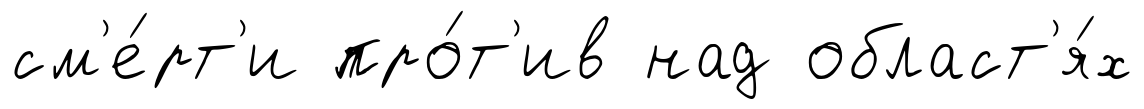
см'е́рт'и про́т'ив над област'я́х